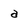
Character: a